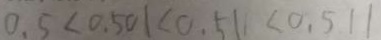
0 . 5 < 0 . 5 0 1 < 0 . 5 1 < 0 . 5 1 1